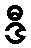
ဒီ